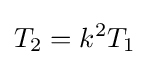
T_{2}=k^{2}T_{1}